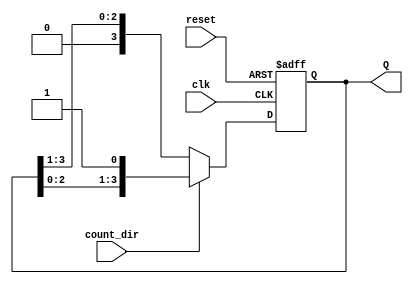
module async_shift_counter (
    input wire clk,        // Clock signal
    input wire reset,      // Asynchronous reset signal
    input wire count_dir,  // Count direction: 1 for increment, 0 for decrement
    output reg [n-1:0] Q   // Counter output
);
    parameter n = 4; // Define the width of the counter (number of bits)

    // Asynchronous reset and shift operation on clock edge
    always @(posedge clk or posedge reset) begin
        if (reset) begin
            Q <= 0; // Reset the counter to zero
        end else begin
            if (count_dir) begin
                // Increment operation (shift left)
                Q <= {Q[n-2:0], 1'b1}; // Shift left and set LSB to 1
            end else begin
                // Decrement operation (shift right)
                Q <= {1'b0, Q[n-1:1]}; // Shift right and set MSB to 0
            end
        end
    end
endmodule